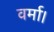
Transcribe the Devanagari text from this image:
वर्मा।